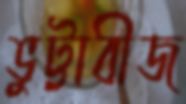
ভুট্টাবীজ